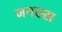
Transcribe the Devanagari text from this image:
जनस्स